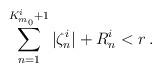
LaTeX: \begin{align*}\sum_{n=1}^{K^i_{m_0}+1} |\zeta^i_n| + R^i_n < r \,.\end{align*}